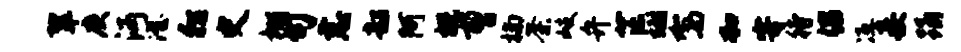
翠庚沔澄彷史棚句恚韶阿概曹楠荼岐弁芒翊驾加寄待倡冱妾踊